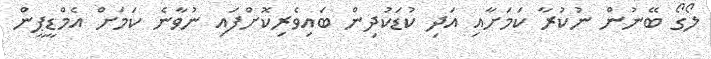
ލޯގޯ ބޭނުން ނުކުރާ ކަމަށާއި އަދި ކުޑަކުދިން ބައިވެރިކޮށްފައި ނުވާނެ ކަމަށް އެމްޑީޕީން